Vaccination in the Punjab 1919-1929 - 1919-1929
Year: 1919
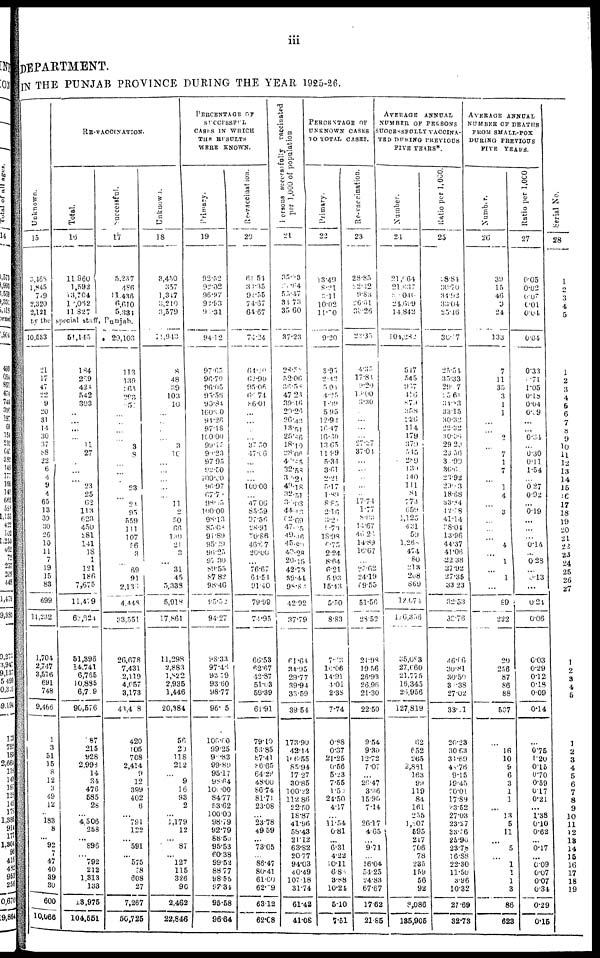
iii
DEPARTMENT.
IN THE PUNJAB PROVINCE DURING THE YEAR 1925-26.
Unknown.
15
3,468
1,845
719
2,320
2,131
RE-VACCINATION.
Total.
16
11,960
1,592
13,704
10,062
11,827
Successful.
17
5,237
486
11,436
6,610
5,334
by the special staff, Punjab.
10,533
21
17
47
22
9
20
31
14
30
37
88
22
6
4
9
4
65
13
39
30
26
10
11
7
19
15
83
699
11,232
1,704
2,747
3,576
691
748
9,466
1
3
51
15
8
12
3
49
12
...
183
8
...
92
7
47
40
39
30
600
10,066
51,145
184
289
424
542
303
...
...
...
...
11
27
...
...
...
23
25
62
113 623
450
281
141
18
1
121
186
7,675
11,479
62,624
51,396
14,741
6,765
10,835
6,719
90,576
87
215
928
2,993
14
34
476
585
28
...
4.506
258
...
896
...
792
212
1,313
133
13,975
104,551
29,103
113
139
263
293
250
...
...
...
...
3
8
...
...
...
23
...
21
95
559
111
107
56
3
...
69
91
2,133
4,448
33,551
26,678
7,431
2,119
4,057
3,173
43,408
420
105
708
2,414
9
12
399
402
6
...
791
122
...
591
...
575
78
608
27
7,267
50,725
Unknown.
18
3,450
357
1,317
3,210
3,579
10,943
8
48
29
103
10
...
...
...
...
3
10
...
...
...
...
...
11
2
50
66
130
21
3
...
31
45
5,338
5,918
17,861
11,298
2,883
1,822
2,935
1,446
20,384
56
20
118
212
...
9
16
93
2
...
1,179
12
...
87
...
127
115
326
90
2,462
22,846
PERCENTAGE OF
SUCCESSFUL
CASES IN WHICH
THE RESULTS
WERE KNOWN.
Primary.
19
92.52
92.02
96.97
92.93
96.31
94.12
97.65
96.79
96.05
95.56
90.84
100.00
94.26
97.18
100.00
99.15
99.23
97.95
92.50
100.00
96.97
67.74
95.65
100.00
98.13
85.03
91.89
95.29
96.25
97.30
89.55
87.82
98.46
95.52
94.27
98.33
97.46
93.79
93.60
98.77
96.05
100.00
99.25
97.83
99.89
95.17
98.64
100.00
84.77
53.62
100.00
98.79
92.79
88.50
95.53
60.38
99.52
88.77
98.55
97.34
95.58
96.64
Re-vaccination.
20
61.54
30.35
92.55
74.67
64.67
74.24
64.20
62.90
95.06
60.74
86.01
...
...
...
...
37.50
47.66
...
...
...
100.00
...
47.06
85.59
07.56
28.91
70.86
46.87
20.00
...
76.67
64.54
91.40
79.99
74.95
66.53
62.67
42.87
51.03
58.39
61.91
79.10
53.85
87.41
86.65
64.28
48.00
86.74
81.71
23.08
...
23.78
49.59
...
73.05
...
86.47
80.41
61.00
62.79
63.12
62.08
Persons successfully vaccinated
per 1,000 of population
21
35.33
21.64
55.47
34.73
35.60
37.23
28.80
52.06
36.58
47.23
39.16
29.26
26.43
13.51
25.86
18.10
28.06
40.85
32.58
34.21
49.18
32.51
36.03
44.48
62.69
47.05
49.46
45.80
40.28
20.15
42.73
39.44
98.84
42.92
37.79
61.64
34.95
29.77
39.94
33.59
39.54
173.90
42.14
106.55
85.94
17.27
30.85
100.22
112.86
22.50
18.87
41.96
58.43
21.12
63.82
20.77
94.03
40.49
107.18
31.74
61.42
41.08
PERCENTAGE OF
UNKNOWN CASES
TO TOTAL CASES
Primary.
22
13.49
8.21
8.11
10.02
11.70
9.20
8.95
2.42
5.04
4.25
1.49
5.95
12.92
16.47
16.80
13.65
11.99
5.34
3.61
2.21
5.17
1.89
8.83
2.16
3.20
6.70
18.98
6.75
2.24
8.64
6.21
5.93
15.43
5.50
8.83
7.23
10.06
14.91
4.01
2.38
7.74
0.88
0.37
21.25
0.56
5.23
7.55
1.50
24.50
4.17
...
11.54
0.81
...
6.31
4.22
10.11
6.86
3.88
10.21
5.10
7.51
Re-vaccination.
23
28.85
22.12
9.83
26.61
36.26
23.35
4.35
17.84
9.20
10.00
3.30
...
...
...
...
27.27
37.01
...
...
...
...
...
17.74
1.77
8.06
14.67
46.26
14.89
16.67
...
25.62
24.19
69.55
51.56
28.52
21.98
19.56
26.93
26.96
21.30
22.50
9.54
9.30
12.72
7.07
...
26.47
3.36
15.90
7.14
...
26.17
4.65
...
9.71
...
16.04
54.25
24.83
67.67
17.62
21.85
AVERAGE ANNUAL
NUMBER OF PERSONS
SUCCESSFULLY VACCINA-
TED DURING PREVIOUS
FIVE YEARS*
Number.
24
21,064
21,837
21,040
24,689
14.842
104,282
547
54 5
907
146
879
358
2.26
114
179
379
545
289
130
140
111
81
778
659
1,125
431
50
1,268
474
80
213
208
869
12,074
106,356
35,083
27,660
21,775
16,345
26,956
127,819
62
652
265
2,831
163
99
119
84
161
255
1,207
595
217
706
78
235
159
56
92
8,086
185,905
Ratio per 1,000.
25
28.84
30.70
34.92
33.04
25.46
30.17
25.54
35.33
29.17
25.61
34.03
33.15
30.32
22.32
30.06
29.20
23.56
31.90
36.6
23.92
29.3
18.68
83.84
42.18
41.14
28.04
13.96
44.37
41.06
22.38
27.92
27.35
33.23
32.53
30.76
46.66
30.81
30.50
30.38
27.02
33.01
20.23
30.63
31.69
48.76
9.15
19.45
20.01
17.89
23.52
27.03
23.27
33.56
25.90
23.78
16.88
22.30
11.50
3.96
10.32
27.69
32.73
AVERAGE ANNUAL
NUMBER OF DEATHS
FROM SMALL-POX
DURING PREVIOUS
FIVE YEARS.
Number.
26
39
15
46
0
24
133
7
11
35
3
1
1
...
...
2
...
7
1
7
...
1
4
...
3
...
...
...
4
...
1
...
1
...
89
222
20
256
87
86
88
587
...
16
10
9
6
3
1
1
...
13
5
11
...
5
...
1
1
1
3
86
623
Ratio per 1,000
27
0.05
0.02
0.07
0.01
0.04
0.04
0.33
0.71
1.05
0.18
0.04
0.09
...
...
0.34
...
0.30
0.11
1.54
...
0.27
0.92
...
0.19
...
...
...
0.14
...
0.28
...
13
...
0.24
0.06
0.03
0.29
0.12
0.18
0.09
0.14
...
0.75
1.20
0.15
0.70
0.59
0.17
0.21
...
1.38
0.10
0.62
...
0.17
...
0.09
0.07
0.07
0.34
0.29
0.15
Serial No.
28
1
2
3
4
5
1
2
3
4
5
6
7
8
9
10
11
12
13
14
15
16
17
18
19
20
21
22
23
24
25
26
27
1
2
3
4
5
1
2
3
4
5
6
7
8
9
10
11
12
13
14
15
16
17
18
19